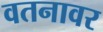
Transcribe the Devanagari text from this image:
वतनावर